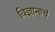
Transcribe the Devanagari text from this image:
विज्ञानाचं